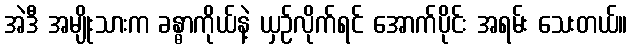
အဲဒီ အမျိုးသားက ခန္ဓာကိုယ်နဲ့ ယှဉ်လိုက်ရင် အောက်ပိုင်း အရမ်း သေးတယ်။